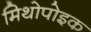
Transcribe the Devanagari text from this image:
मिथोपोइक